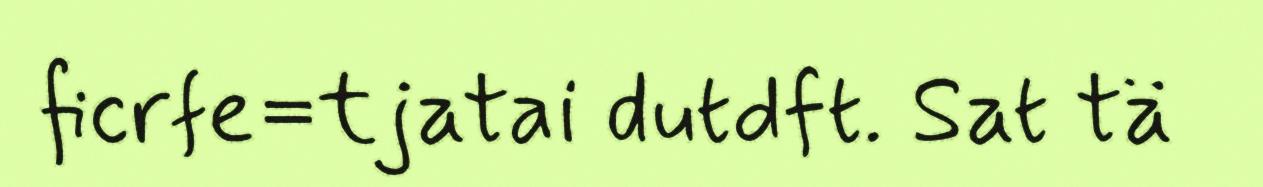
ficrfe=tjatai dutdft. Sat tä